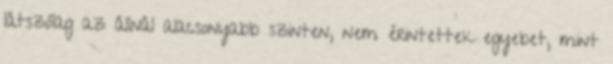
látszólag az állnál alacsonyabb szinten, nem érintettek egyebet, mint